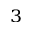
^ { 3 }